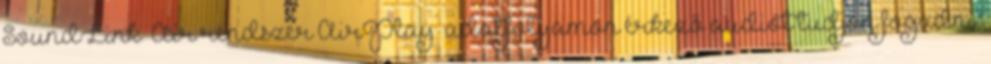
SoundLink® Air rendszer AirPlay® adatfolyamon érkező audiót tudjon fogadni,